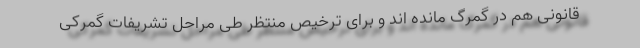
قانونی هم در گمرگ مانده اند و برای ترخیص منتظر طی مراحل تشریفات گمرکی